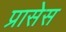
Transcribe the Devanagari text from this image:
प्रासेस